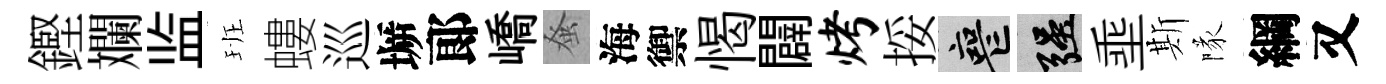
鏗斕监班螻巡󶱲郞嶠𫊫海禦愒闢烤挼喪强埀斯隊綱又